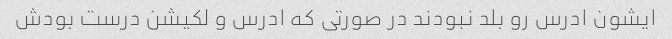
ایشون ادرس رو بلد نبودند در صورتی که ادرس و لکیشن درست بودش